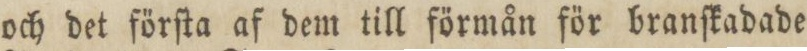
och det förſta af dem till förmån för branſkadade